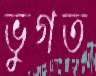
ভুগত